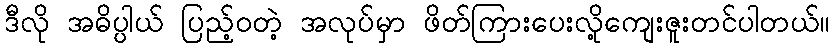
ဒီလို အဓိပ္ပါယ် ပြည့်ဝတဲ့ အလုပ်မှာ ဖိတ်ကြားပေးလို့ကျေးဇူးတင်ပါတယ်။